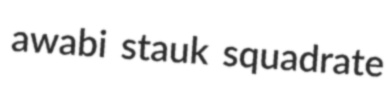
awabi stauk squadrate